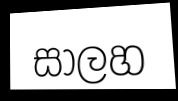
සාලහ